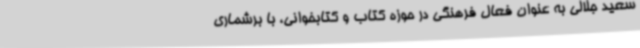
سعید جلالی به عنوان فعال فرهنگی در حوزه کتاب و کتابخوانی، با برشماری